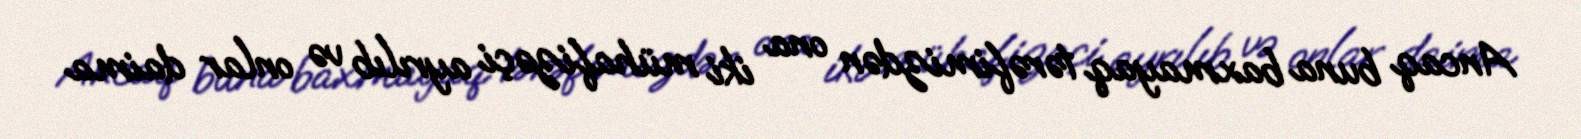
Ancaq buna baxmayaq tərəfimizdən ona iki mühafizəçi ayrılıb və onlar daima